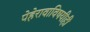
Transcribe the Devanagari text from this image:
पेहेरावाविषयीही